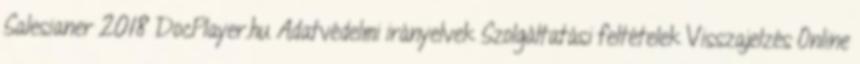
Salesianer 2018 DocPlayer.hu Adatvédelmi irányelvek Szolgáltatási feltételek Visszajelzés Online